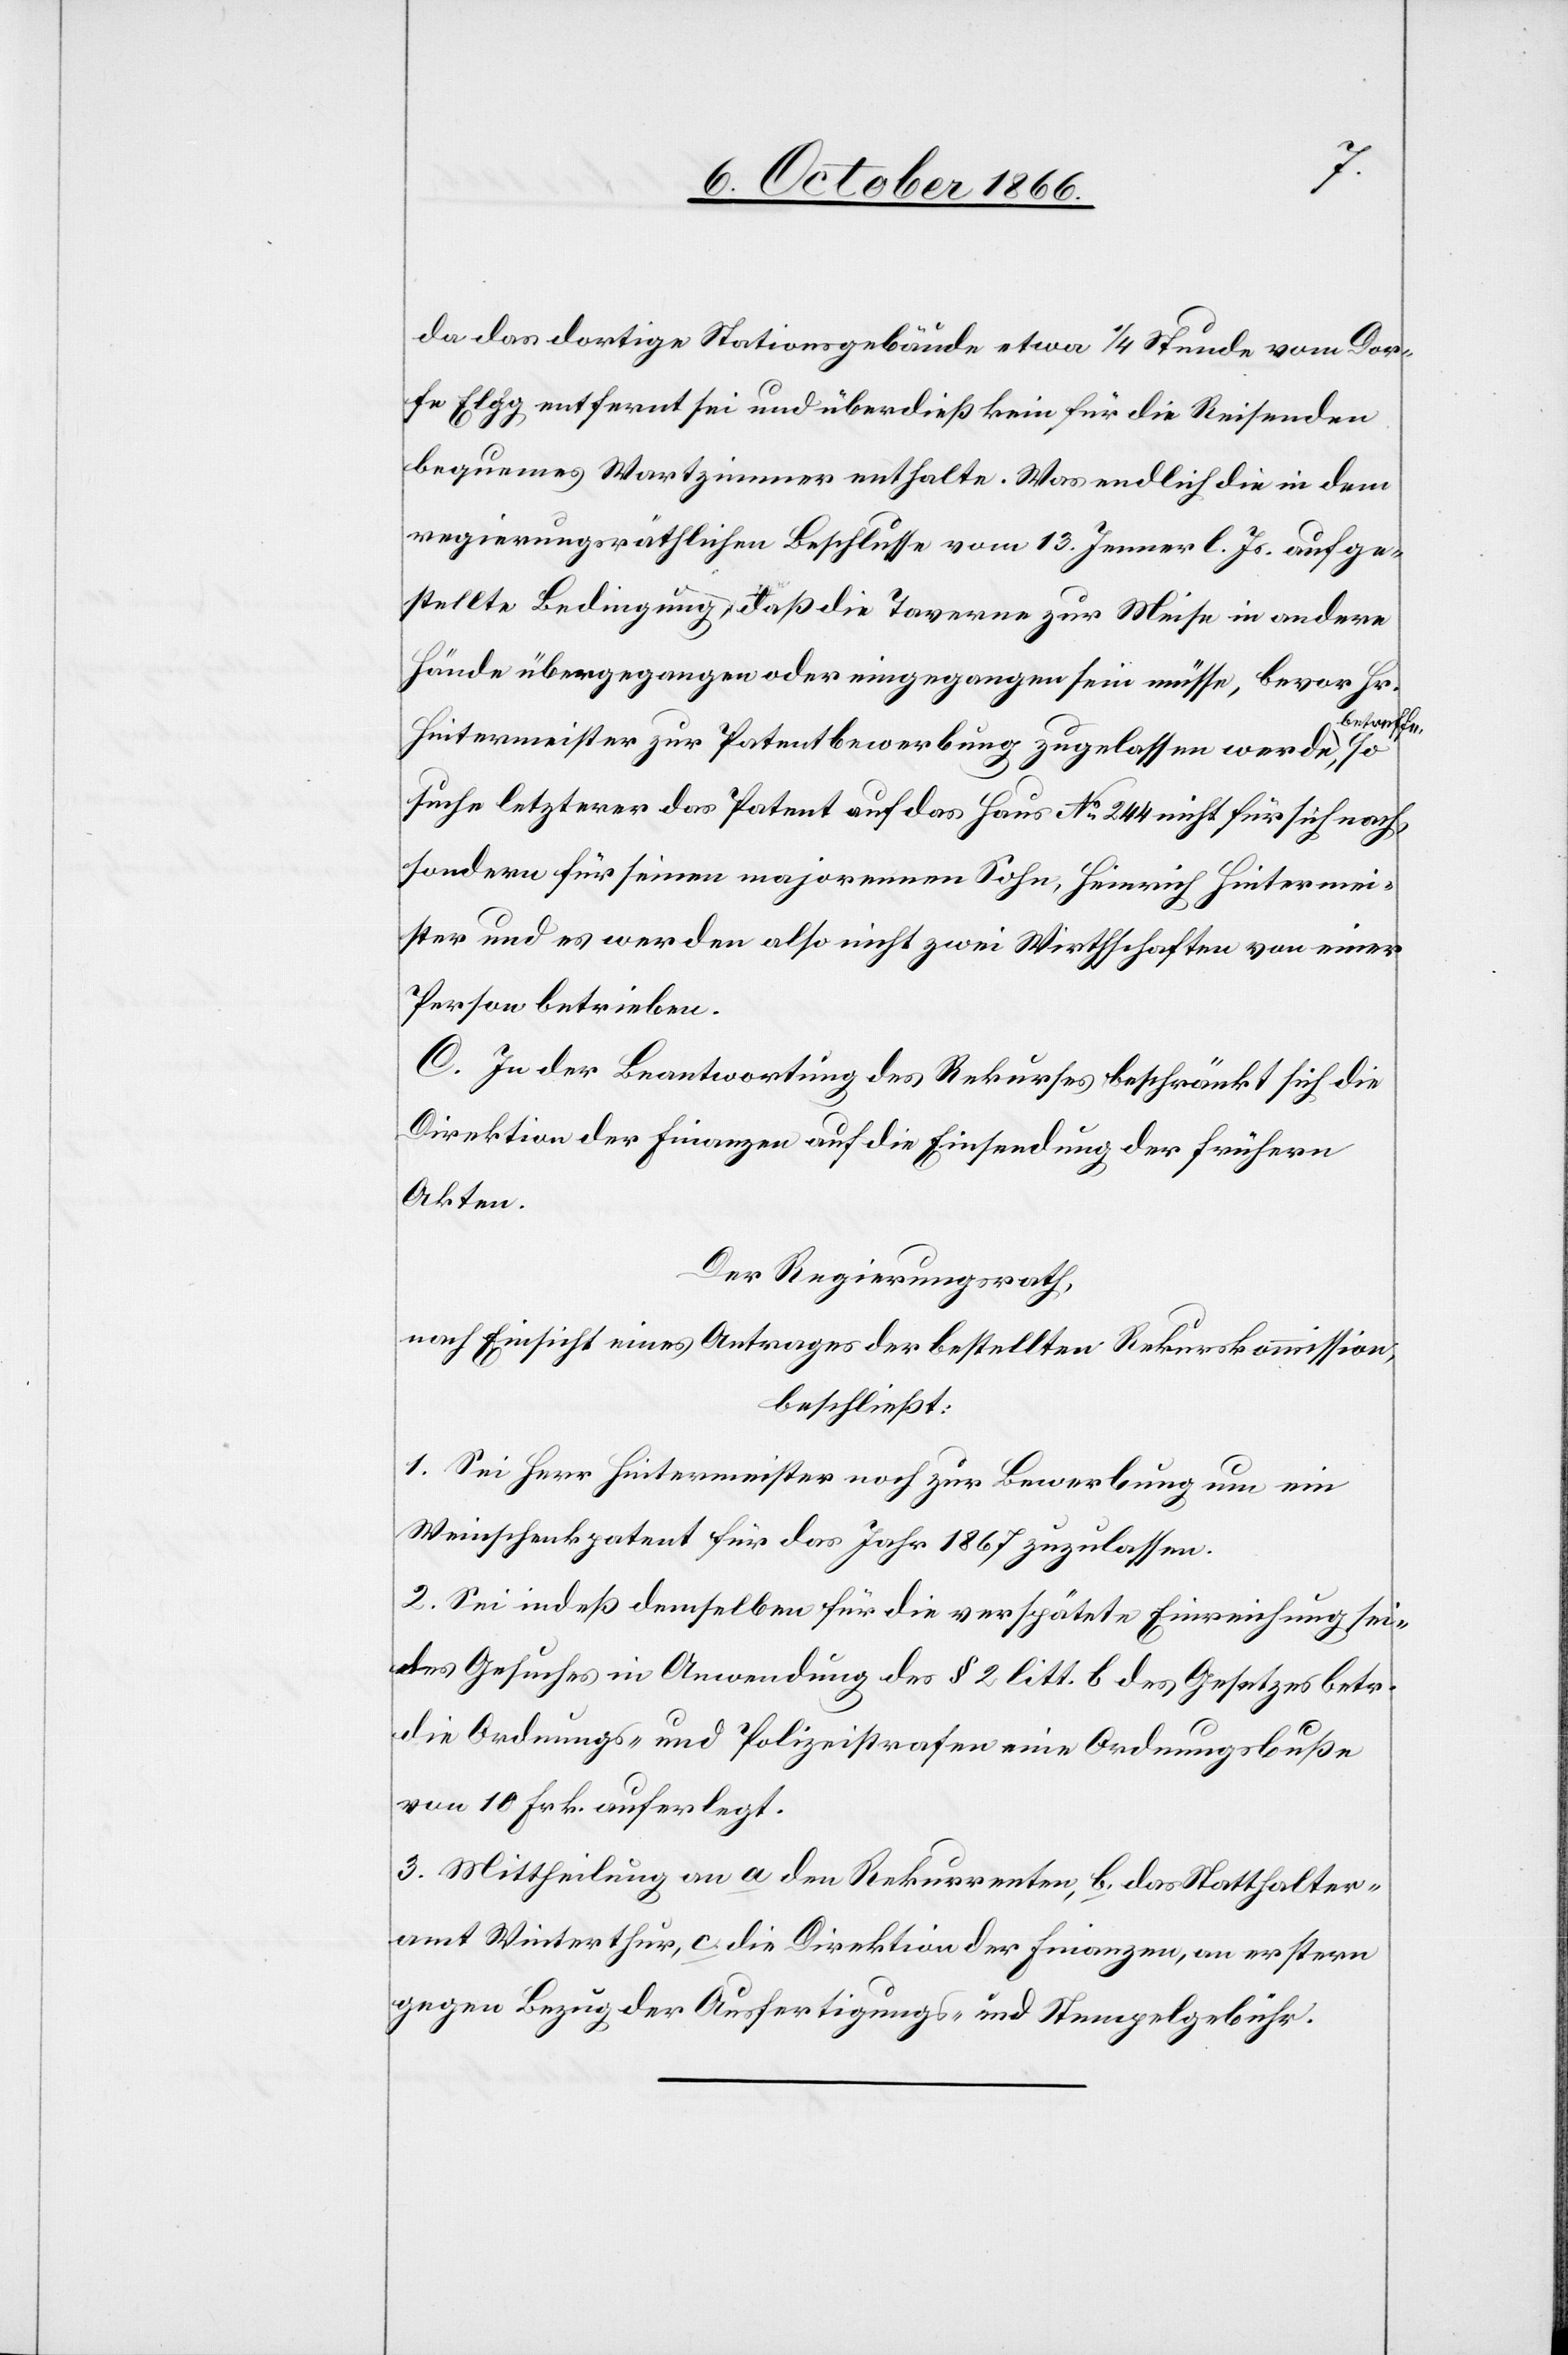
da das dortige Stationsgebäude etwa ¼ Stunde vom Dor¬
fe Elgg entfernt sei und überdieß kein für die Reisenden
bequemes Wartzimmer enthalte. Was endlich die in dem
regierungsräthlichen Beschlusse vom 13. Jenner l. Js. aufge¬
stellte Bedingung, daß die Taverne zur Meise in andere
Hände übergegangen oder eingegangen sein müsse, bevor Hr.
etreffe,
Hintermeister zur Patentbewerbung zugelassen werde b¬
suche letzterer das Patent auf das Haus No. 244 nicht für sich nach,
sondern für seinen majorennen Sohn, Heinrich Hintermei¬
ster und es werden also nicht zwei Wirthschaften von einer
Person betrieben.
C. In der Beantwortung des Rekurses beschränkt sich die
Direktion der Finanzen auf die Einsendung der frühern
Akten.
Der Regierungsrath,
nach Einsicht eines Antrages der bestellten Rekurskommission,
beschließt:
1. Sei Herr Hintermeister noch zur Bewerbung um ein
Weinschenkpatent für das Jahr 1867 zuzulassen.
2. Sei indeß demselben für die verspätete Einreichung sei¬
nes Gesuches in Anwendung des § 2 litt. b des Gesetzes betr.
die Ordnungs- und Polizeistrafen eine Ordnungsbuße
von 10 Frk. auferlegt.
3. Mittheilung an a den Rekurrenten, b. das Statthalter¬
amt Winterthur, c. die Direktion der Finanzen, an erstern
gegen Bezug der Ausfertigungs- und Stempelgebühr.